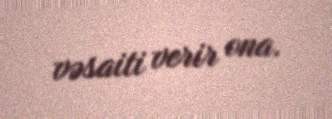
vəsaiti verir ona.